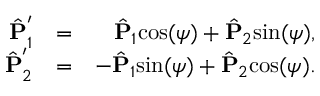
\begin{array} { r l r } { \hat { \bf P } _ { 1 } ^ { ' } } & { = } & { \hat { { \bf P } } _ { 1 } \mathrm { c o s } ( \psi ) + \hat { { \bf P } } _ { 2 } \mathrm { s i n } ( \psi ) , } \\ { \hat { \bf P } _ { 2 } ^ { ' } } & { = } & { - \hat { { \bf P } } _ { 1 } \mathrm { s i n } ( \psi ) + \hat { { \bf P } } _ { 2 } \mathrm { c o s } ( \psi ) . } \end{array}